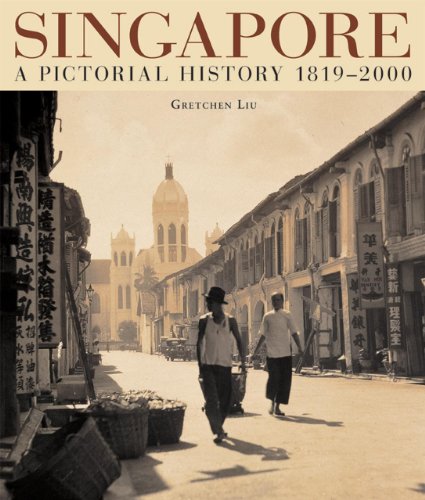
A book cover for Singapore A Pictorial History; Gretchen Liu; Travel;